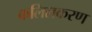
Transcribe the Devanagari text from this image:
कलिलकरण